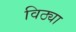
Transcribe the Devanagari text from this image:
विठ्या